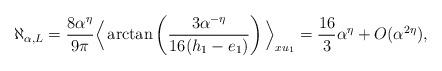
LaTeX: \begin{align*}\aleph_{\alpha,L} = \frac{8\alpha^{\eta}}{9\pi} \Big\langle\arctan \left(\frac{3\alpha^{-\eta}}{16 (h_1-e_1)}\right)\Big\rangle_{x u_1} = \frac{16}{3}\alpha^{\eta} + O(\alpha^{2 \eta}),\end{align*}